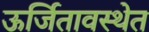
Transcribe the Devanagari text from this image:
ऊर्जितावस्थेत